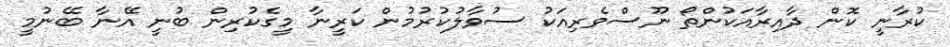
ކުރާނީ ކޮން ދާއިރާއަކުންތޯ ނޫސްވެރިއަކު ސުވާލުކުރުމުން ކަރީނާ މީގެކުރިން ބުނީ އޭނާ ބޭނުމީ